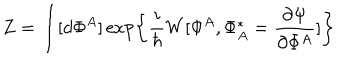
Z = \int [ d \Phi ^ { A } ] \exp \left\{ \frac { i } { \hbar } W [ \Phi ^ { A } , \Phi _ { A } ^ { * } = \frac { \partial \Psi } { \partial \Phi ^ { A } } ] \right\}